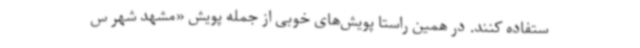
ستفاده کنند. در همین راستا پویش‌های خوبی از جمله پویش «مشهد شهر س